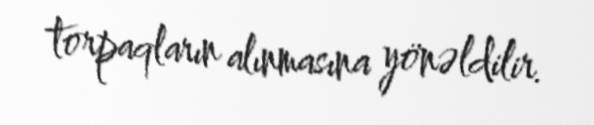
torpaqların alınmasına yönəldilir.